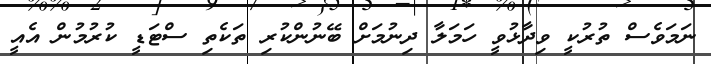
ނަމަވެސް ތުރުކީ ވިދާޅުވީ ހަމަލާ ދިނުމަށް ބޭނުންކުރި ތަކެތި ސްޓަޑީ ކުރުމުން އެއީ